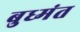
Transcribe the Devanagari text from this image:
बुध्मंत